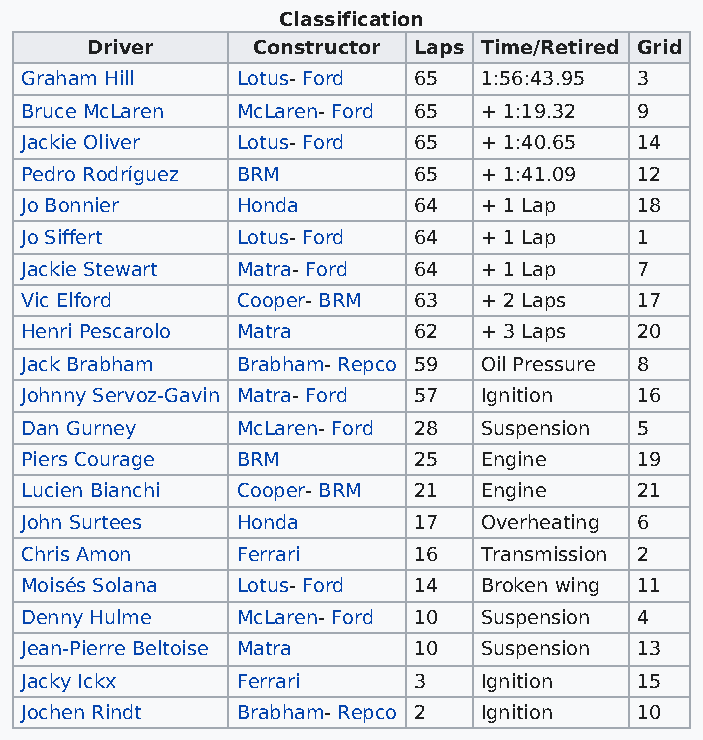
Classification
 Driver     Constructor Laps Time/Retired Grid
 Graham Hill    Lotus- Ford 65  1:56:43.95 3
 Bruce McLaren  McLaren- Ford 65 + 1:19.32 9
 Jackie Oliver  Lotus- Ford 65  + 1:40.65 14
 Pedro Rodríguez BRM       65   + 1:41.09 12
 Jo Bonnier     Honda      64   + 1 Lap   18
 Jo Siffert     Lotus- Ford 64  + 1 Lap   1
 Jackie Stewart Matra- Ford 64  + 1 Lap   7
 Vic Elford     Cooper- BRM 63  + 2 Laps  17
 Henri Pescarolo Matra     62   + 3 Laps  20
 Jack Brabham   Brabham- Repco 59 Oil Pressure 8
 Johnny Servoz-Gavin Matra- Ford 57 Ignition 16
 Dan Gurney     McLaren- Ford 28 Suspension 5
 Piers Courage  BRM        25   Engine    19
 Lucien Bianchi Cooper- BRM 21  Engine    21
 John Surtees   Honda      17   Overheating 6
 Chris Amon     Ferrari    16   Transmission 2
 Moisés Solana  Lotus- Ford 14  Broken wing 11
 Denny Hulme    McLaren- Ford 10 Suspension 4
 Jean-Pierre Beltoise Matra 10  Suspension 13
 Jacky Ickx     Ferrari    3    Ignition  15
 Jochen Rindt   Brabham- Repco 2 Ignition 10